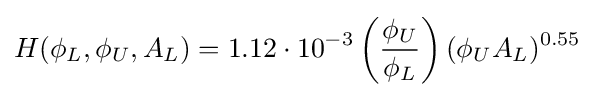
H(\phi _{L},\phi _{U},A_{L})=1.12\cdot 10^{-3}\left({\frac {\phi _{U}}{\phi _{L}}}\right)(\phi _{U}A_{L})^{0.55}